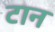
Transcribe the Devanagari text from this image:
टान